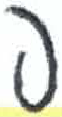
אות: פ